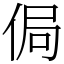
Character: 侷